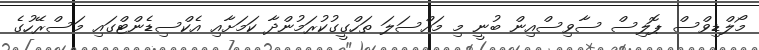
މޯލްޑިވްސް ޕޮލިސް ސާވިސްއިން ބުނީ މި މައްސަލަ ތަހްގީގުކުރަމުންދާ ކަމަށާއި އެކްސިޑެންޓްގައި މަސްރޭހުގެ